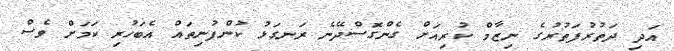
އަދި ދަތުރުފަތުރުގެ ނިޒާމް ކުރިއަށް ގެންގޮސްދޭނެ ރަނގަޅު ކުންފުނިތައް އެބަހުރި ކަމަށް ވެސް